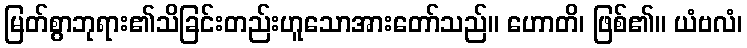
မြတ်စွာဘုရား၏သိခြင်းတည်းဟူသောအားတော်သည်။ ဟောတိ၊ ဖြစ်၏။ ယံဗလံ၊